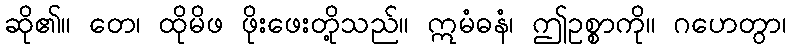
ဆို၏။ တေ၊ ထိုမိဖ ဖိုးဖေးတို့သည်။ ဣမံဓနံ၊ ဤဥစ္စာကို။ ဂဟေတွာ၊